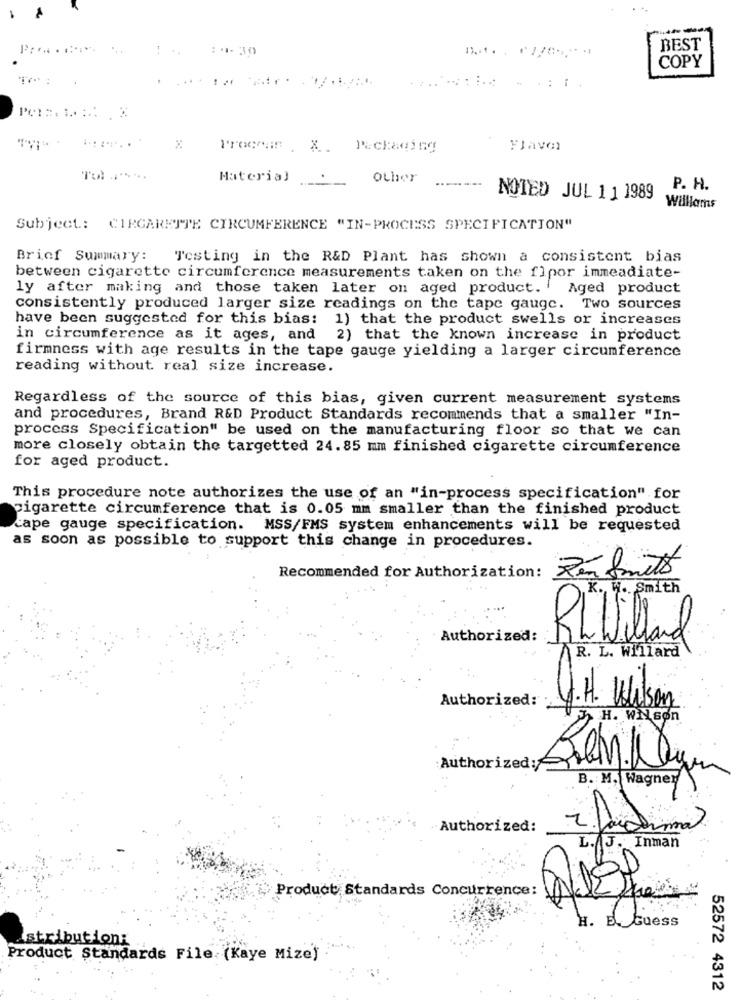
BEST
COPY
Proccan , X. Packaging
Flavor
Tol .......
Material
other
P. H.
NOTED JUL 1 1 1989
Willlams
Subject: CIRCARETTE CIRCUMFERENCE "IN-PROCESS SPECIFICATION"
Brief Summary:
Testing in the R&D Plant has shown a consistent bias
between cigarette circumference measurements taken on the flpor immeadiate-
ly after making and those taken later on aged product. .
Aged product
consistently produced larger size readings on the tape gauge. Two sources
have been suggested for this bias: 1) that the product swells or increases
in circumference as it ages, and 2) that the known increase in product
firmness with age results in the tape gauge yielding a larger circumference
reading without real size increase.
Regardless of the source of this bias, given current measurement systems
and procedures, Brand R&D Product Standards recommends that a smaller "In-
process Specification" be used on the manufacturing floor so that we can
more closely obtain the targetted 24.85 mm finished cigarette circumference
for aged product.
This procedure note authorizes the use of an "in-process specification" for
cigarette circumference that is 0.05 mm smaller than the finished product
cape gauge specification. MSS/FMS system enhancements will be requested
as soon as possible to support this change in procedures.
Recommended for Authorization:
K. W. Smith
Authorized:
R. L. Willard
4.H. Wilson
Authorized:
H. WNson
Authorized:
Bei Ky
B. M. Wagner
Authorized:
¿ facial
L.J. Inman
Product Standards Concurrence:
H. E. Guess
istributioni
Product Standards File.(Kaye Mize)
52572 4312